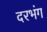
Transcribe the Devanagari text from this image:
दरभंग